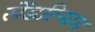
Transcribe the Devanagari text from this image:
सेंडरिन्घम